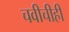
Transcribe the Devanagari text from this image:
चवीचीही